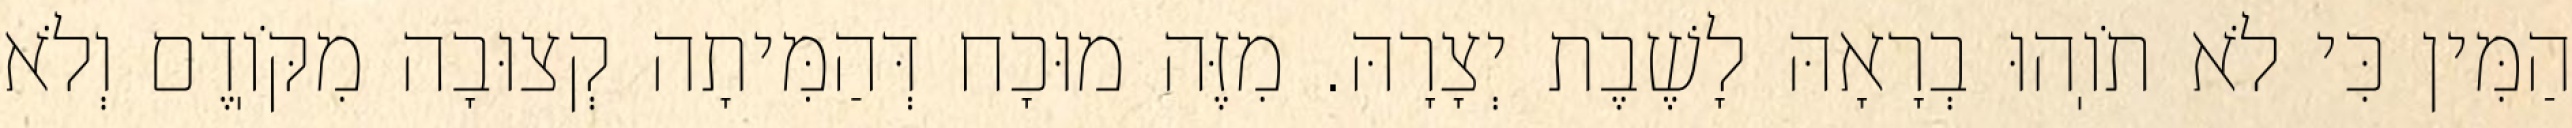
הַמִּין כִּי לֹא תֹוֽהוּ בְרָאָהּ לָשֶׁבֶת יְצָרָהּ. מִזֶּה מוּכָח דְּהַמִּיתָה קְצוּבָה מִקֹּוֽדֶם וְלֹא